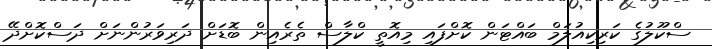
ސްކޫލުގެ ކަރިކިއުލަމް ބައްޓަން ކޮށްފައި މިއޮތީ ކްލާސް ތެރެއިން ބޮޑަށް ދަރިވަރުންނަށް ދަސްކޮށްދޭ